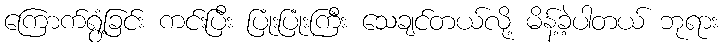
ကြောက်ရွံ့ခြင်း ကင်းပြီး ပြုံးပြုံးကြီး သေချင်တယ်လို့ မိန့်ခဲ့ပါတယ် ဘုရား